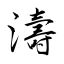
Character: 濤